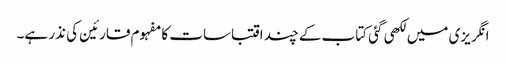
انگریزی میں لکھی گئی کتاب کے چند اقتباسات کا مفہوم قارئین کی نذر ہے۔